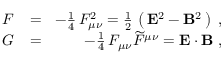
\begin{array} { r l r } { { \cal F } \! } & { { } = } & { \! - \frac { 1 } { 4 } \, F _ { \mu \nu } ^ { 2 } = \frac { 1 } { 2 } \, \left( \, { \bf E } ^ { 2 } - { \bf B } ^ { 2 } \, \right) \; , } \\ { { \cal G } \! } & { { } = } & { \! - \frac { 1 } { 4 } \, F _ { \mu \nu } \widetilde { F } ^ { \mu \nu } = { \bf E } \cdot { \bf B } \; , } \end{array}